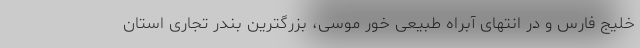
خلیج فارس و در انتهای آبراه طبیعی خور موسی، بزرگترین بندر تجاری استان